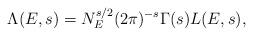
LaTeX: \begin{align*}\Lambda(E,s) = N_E^{s/2} (2 \pi)^{-s} \Gamma(s) L(E,s),\end{align*}